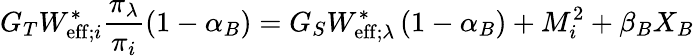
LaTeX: G_{T}W_{\mathrm{eff};i}^{\ast}\frac{\pi_{\lambda}}{\pi_{i}}\left(1-\alpha_{B}\right)=G_{S}W_{\mathrm{eff};\lambda}^{\ast}\left(1-\alpha_{B}\right)+M_{i}^{2}+\beta_{B}X_{B}